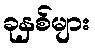
ခုနှစ်များ